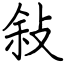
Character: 敍